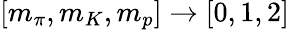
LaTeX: [m_{\pi},m_{K},m_{p}]\rightarrow[0,1,2]